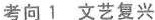
考向1文艺复兴